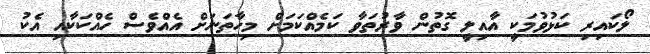
ލޯކައިރި ކަޅުވުމަކީ އާއިލީ ގޮތުން ވާރުތަވާ ކަމެއްކަމަށް މިހާތަނަށް އެއްވެސް ހެއްކަކާއި އެކު